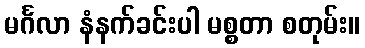
မင်္ဂလာ နံနက်ခင်းပါ မစ္စတာ စတုမ်း။